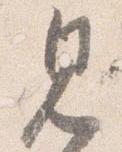
見